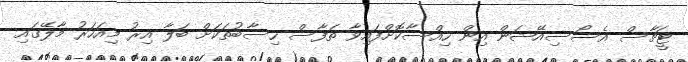
ޓީޗާސް އެސޯސިއޭޝަން އިން ހިއްސާކޮށްފައިވާ ތަފާސް ހިސާބުތަކަށް ބަލާ އިރު މިއަހަރު މާލޭގައި